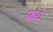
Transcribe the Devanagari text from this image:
फ०